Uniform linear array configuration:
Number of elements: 64
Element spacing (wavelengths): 0.75
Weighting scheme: hamming
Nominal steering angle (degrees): -15
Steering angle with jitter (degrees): -14.132
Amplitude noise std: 0.05
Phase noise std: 0.05

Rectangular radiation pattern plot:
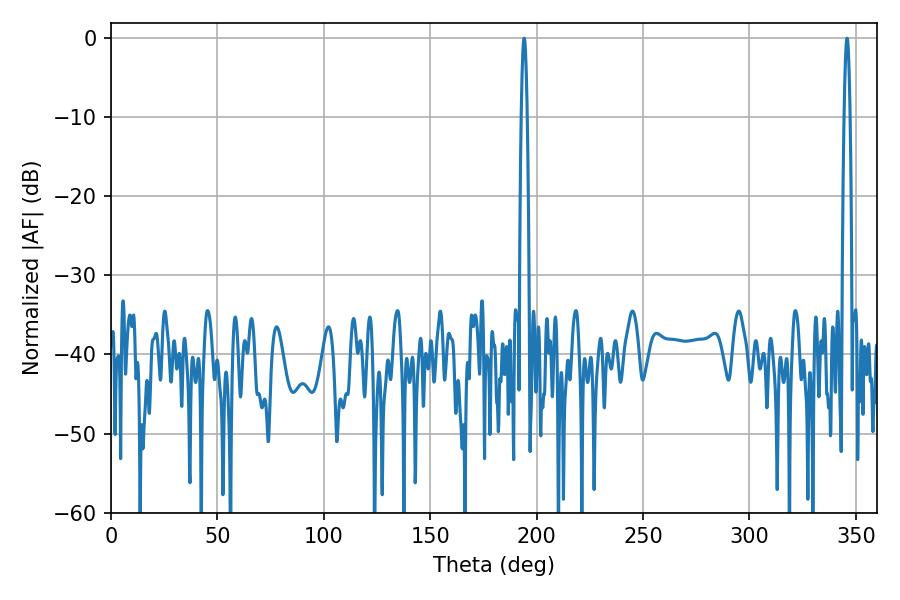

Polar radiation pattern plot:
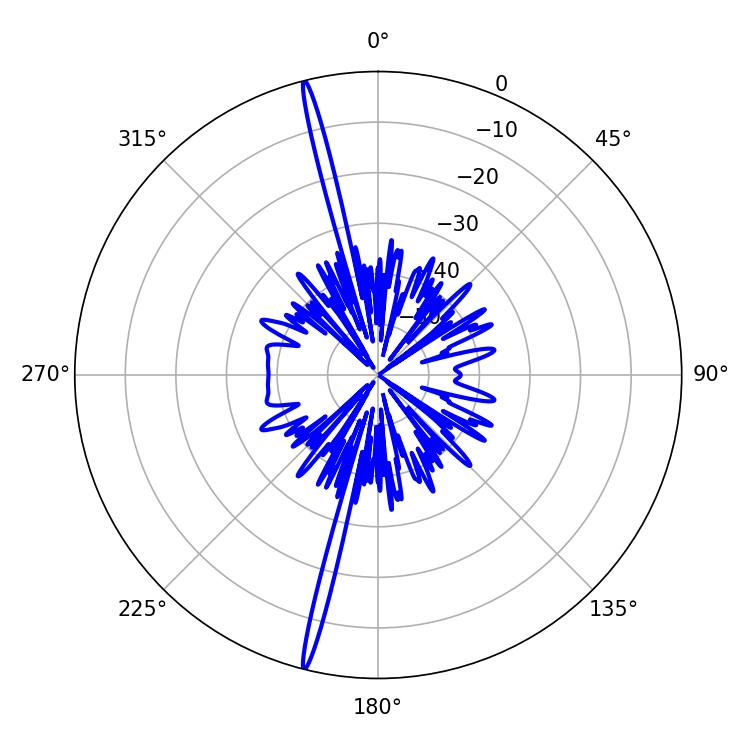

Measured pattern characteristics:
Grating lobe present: TRUE
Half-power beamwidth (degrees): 1.62
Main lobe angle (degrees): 345.78